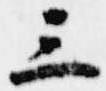
三